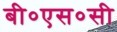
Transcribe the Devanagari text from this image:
बी०एस०सी